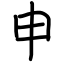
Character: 申